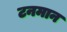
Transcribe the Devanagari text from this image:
टनमान